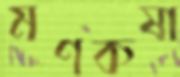
মণকষা